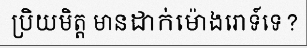
ប្រិយមិត្ត មានដាក់ម៉ោងរោទ៍ទេ?